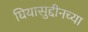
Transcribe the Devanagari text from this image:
घियासुद्दीनच्या